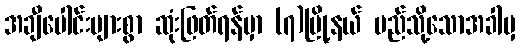
အချီပေါင်းများစွာ ဆုံးဖြတ်ရန်မှာ (၇)မြို့နယ် မည်သို့သောအခါမှ